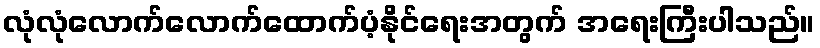
လုံလုံလောက်လောက်ထောက်ပံ့နိုင်ရေးအတွက် အရေးကြီးပါသည်။